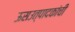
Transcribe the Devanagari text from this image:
ऊसउत्पादकांची